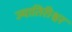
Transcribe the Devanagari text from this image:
ज्यातिरीश्वर